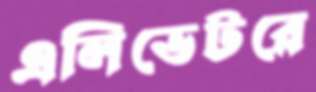
এলিভেটরে